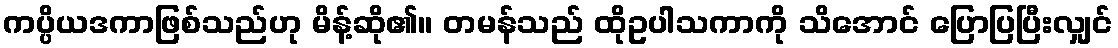
ကပ္ပိယဒကာဖြစ်သည်ဟု မိန့်ဆို၏။ တမန်သည် ထိုဥပါသကာကို သိအောင် ပြောပြပြီးလျှင်